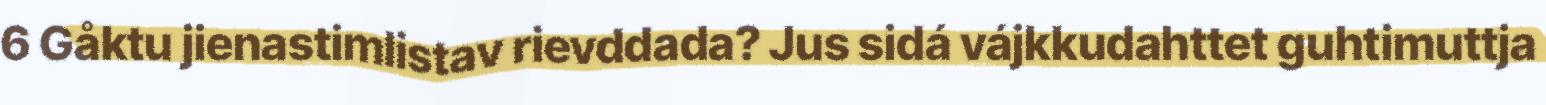
6 Gåktu jienastimlistav rievddada? Jus sidá vájkkudahttet guhtimuttja